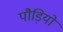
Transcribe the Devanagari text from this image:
पौड़ियों